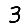
Digit: 3